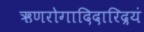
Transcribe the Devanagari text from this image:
ऋणरोगादिदारिद्रयं